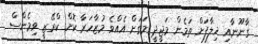
ގާނޫނާއި ޚިލާފަށް ތަމެން މަޖީދީ މަގަށް އެއްވެ މުޒާހަރާ ކޮށް ކްރޭޒީ ވިމެންސް